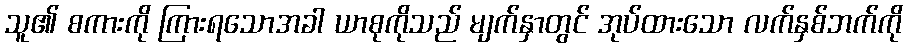
သူ၏ စကားကို ကြားရသောအခါ ယာစုကိုသည် မျက်နှာတွင် အုပ်ထားသော လက်နှစ်ဘက်ကို